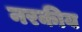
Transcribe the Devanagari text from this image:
नरकीय